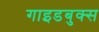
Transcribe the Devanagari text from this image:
गाइडबुक्स